Scottish Certificate of Education, 1962
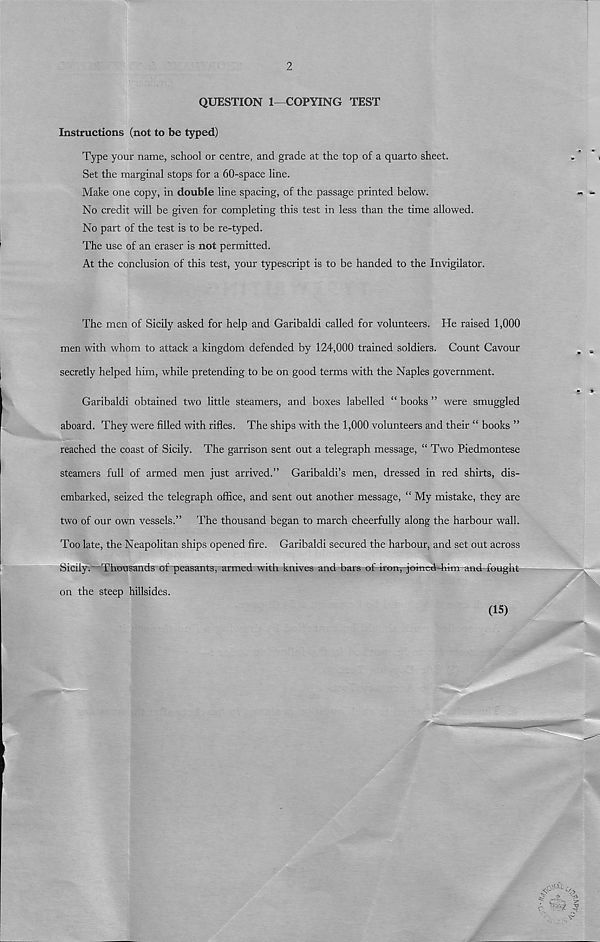
2
QUESTION 1—COPYING TEST
Instructions (not to be typed)
Type your name, school or centre, and grade at the top of a quarto sheet.
Set the marginal stops for a 60-space line.
Make one copy, in double line spacing, of the passage printed below.
No credit will be given for completing this test in less than the time allowed.
No part of the test is to be re-typed.
The use of an eraser is not permitted.
At the conclusion of this test, your typescript is to be handed to the Invigilator.
The men of Sicily asked for help and Garibaldi called for volunteers. He raised 1,000
men with whom to attack a kingdom defended by 124,000 trained soldiers. Count Cavour
secretly helped him, while pretending to be on good terms with the Naples government.
Garibaldi obtained two little steamers, and boxes labelled “ books ” were smuggled
aboard. They were filled with rifles. The ships with the 1,000 volunteers and their “ books ”
reached the coast of Sicily. The garrison sent out a telegraph message, “ Two Piedmontese
steamers full of armed men just arrived.” Garibaldi’s men, dressed in red shirts, dis-
embarked, seized the telegraph office, and sent out another message, “ My mistake, they are
two of our own vessels.”
The thousand began to march cheerfully along the harbour wall.
Too late, the Neapolitan ships opened fire. Garibaldi secured the harbour, and set out across
Sicily. Thousands of peasants, armed with knives and bars of iron, joined-him and fought
on the steep hillsides.
(IS)